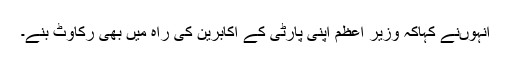
انہوںنے کہاکہ وزیر اعظم اپنی پارٹی کے اکابرین کی راہ میں بھی رکاوٹ بنے۔